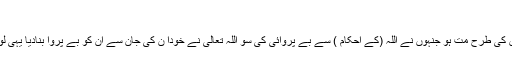
سورہ اعراف )
(اور تم ان لوگوں کی طرح مت ہو جنہوں نے اللہ (کے احکام ) سے بے پروائی کی سو اللہ تعالیٰ نے خودا ن کی جان سے ان کو بے پروا بنادیا یہی لوگ نافرمان ہیں۔